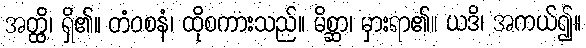
အတ္ထိ၊ ရှိ၏။ တံဝစနံ၊ ထိုစကားသည်။ မိစ္ဆာ၊ မှားရာ၏။ ယဒိ၊ အကယ်၍။